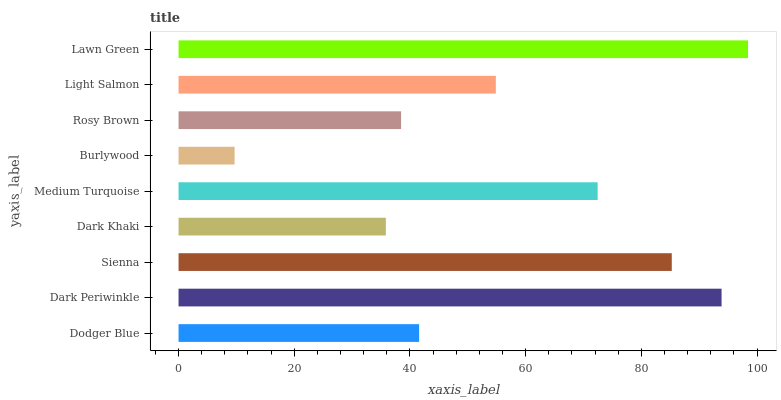
| yaxis_label | bars |
 | --- | --- |
 | Dodger Blue | 41.6 |
 | Dark Periwinkle | 93.9 |
 | Sienna | 85.3 |
 | Dark Khaki | 35.8 |
 | Medium Turquoise | 72.4 |
 | Burlywood | 9.69 |
 | Rosy Brown | 38.5 |
 | Light Salmon | 54.8 |
 | Lawn Green | 98.4 |